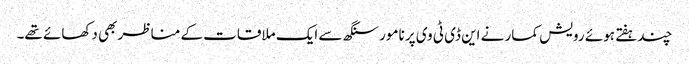
چندہفتے ہوئے رویش کمار نے این ڈی ٹی وی پر نامور سنگھ سے ایک ملاقات کے مناظر بھی دکھائے تھے۔